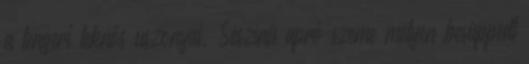
a tengeri teknős uszonyai. Seszínű apró szeme mélyen besüppedt